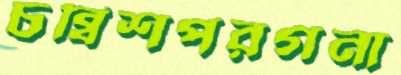
চব্বিশপরগনা